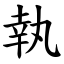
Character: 執